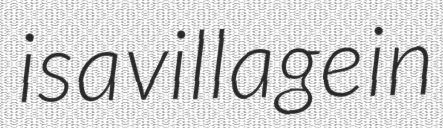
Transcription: is a village in